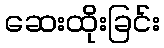
ဆေးထိုးခြင်း